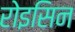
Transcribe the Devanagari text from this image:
रोइसिन